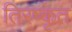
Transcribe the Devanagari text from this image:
तिरष्कृत